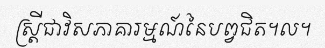
ស្ត្រីជាវិសភាគារម្មណ៍នៃបព្វជិត។ល។